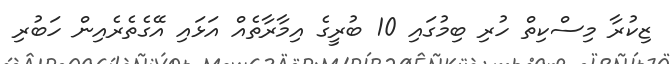
ޒިކުރާ މިސްކިތް ހުރި ބިމުގައި 10 ބުރީގެ އިމާރާތެއް އަޅައި އޭގެތެރެއިން ހަބުރި